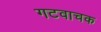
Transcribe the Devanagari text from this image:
गटवाचक